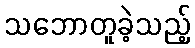
သဘောတူခဲ့သည့်